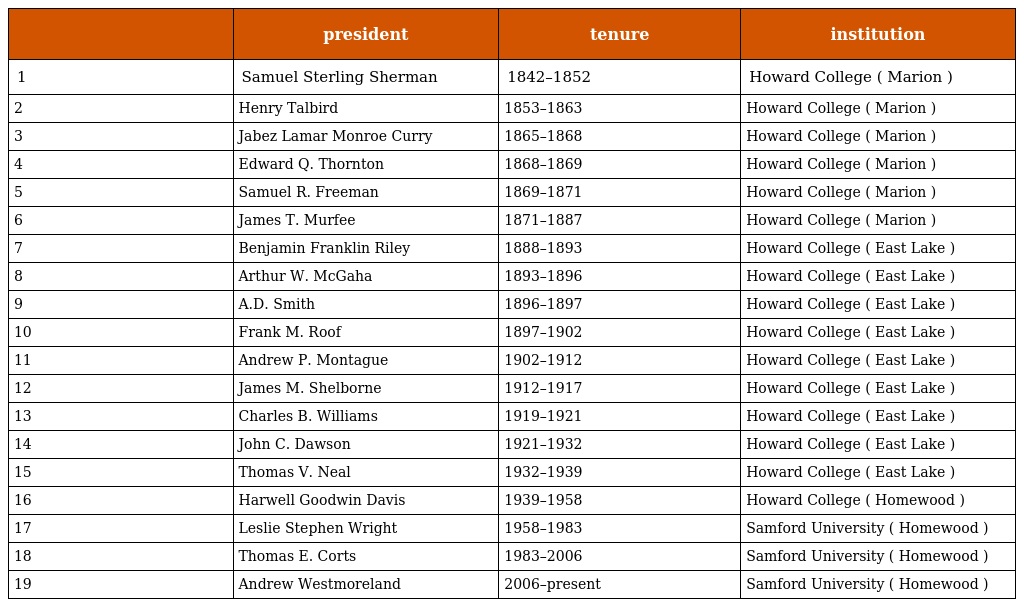
|  | president | tenure | institution |
 | --- | --- | --- | --- |
 | 1 | Samuel Sterling Sherman | 1842–1852 | Howard College ( Marion ) |
 | 2 | Henry Talbird | 1853–1863 | Howard College ( Marion ) |
 | 3 | Jabez Lamar Monroe Curry | 1865–1868 | Howard College ( Marion ) |
 | 4 | Edward Q. Thornton | 1868–1869 | Howard College ( Marion ) |
 | 5 | Samuel R. Freeman | 1869–1871 | Howard College ( Marion ) |
 | 6 | James T. Murfee | 1871–1887 | Howard College ( Marion ) |
 | 7 | Benjamin Franklin Riley | 1888–1893 | Howard College ( East Lake ) |
 | 8 | Arthur W. McGaha | 1893–1896 | Howard College ( East Lake ) |
 | 9 | A.D. Smith | 1896–1897 | Howard College ( East Lake ) |
 | 10 | Frank M. Roof | 1897–1902 | Howard College ( East Lake ) |
 | 11 | Andrew P. Montague | 1902–1912 | Howard College ( East Lake ) |
 | 12 | James M. Shelborne | 1912–1917 | Howard College ( East Lake ) |
 | 13 | Charles B. Williams | 1919–1921 | Howard College ( East Lake ) |
 | 14 | John C. Dawson | 1921–1932 | Howard College ( East Lake ) |
 | 15 | Thomas V. Neal | 1932–1939 | Howard College ( East Lake ) |
 | 16 | Harwell Goodwin Davis | 1939–1958 | Howard College ( Homewood ) |
 | 17 | Leslie Stephen Wright | 1958–1983 | Samford University ( Homewood ) |
 | 18 | Thomas E. Corts | 1983–2006 | Samford University ( Homewood ) |
 | 19 | Andrew Westmoreland | 2006–present | Samford University ( Homewood ) |